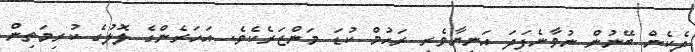
ދެކެން ބޭނުން ނުވާނެފަދަ އަނިޔާވެރި ރަހުމް ކުޑަ މަންޒަރެކެވެ. އަހަރެންގެ ލޮލުގެ ކުރިމަތިން